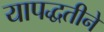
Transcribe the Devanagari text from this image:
यापद्धतीने